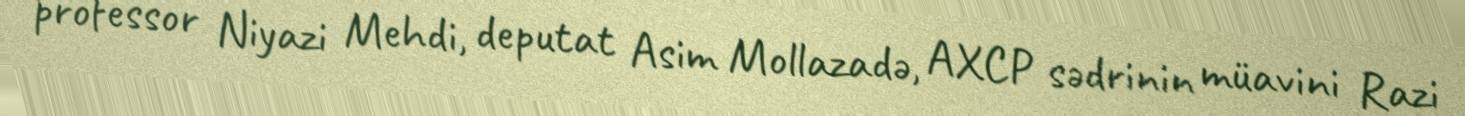
professor Niyazi Mehdi, deputat Asim Mollazadə, AXCP sədrinin müavini Razi